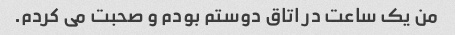
من یک ساعت در اتاق دوستم بودم و صحبت می کردم.